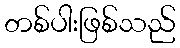
တစ်ပါးဖြစ်သည်